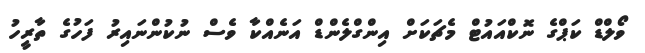
ވޯލްޑް ކަޕްގެ ނޮކްއައުޓް މެޗަކަށް އިންގްލެންޑް އަނެއްކާ ވެސް ނުކުންނައިރު ފަހުގެ ތާރީހު